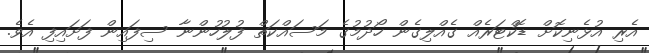
އެރި އުޅެނިކޮށް ޑޮކްޓަރެއް ގެއްލިގެން ހޯދުމުގެ މަސައްކަތް ފުލުހުންނާ ސިފައިން ފަށައިފި އެވެ.